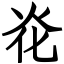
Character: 炛